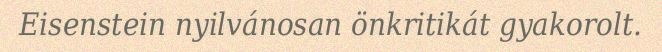
Eisenstein nyilvánosan önkritikát gyakorolt.